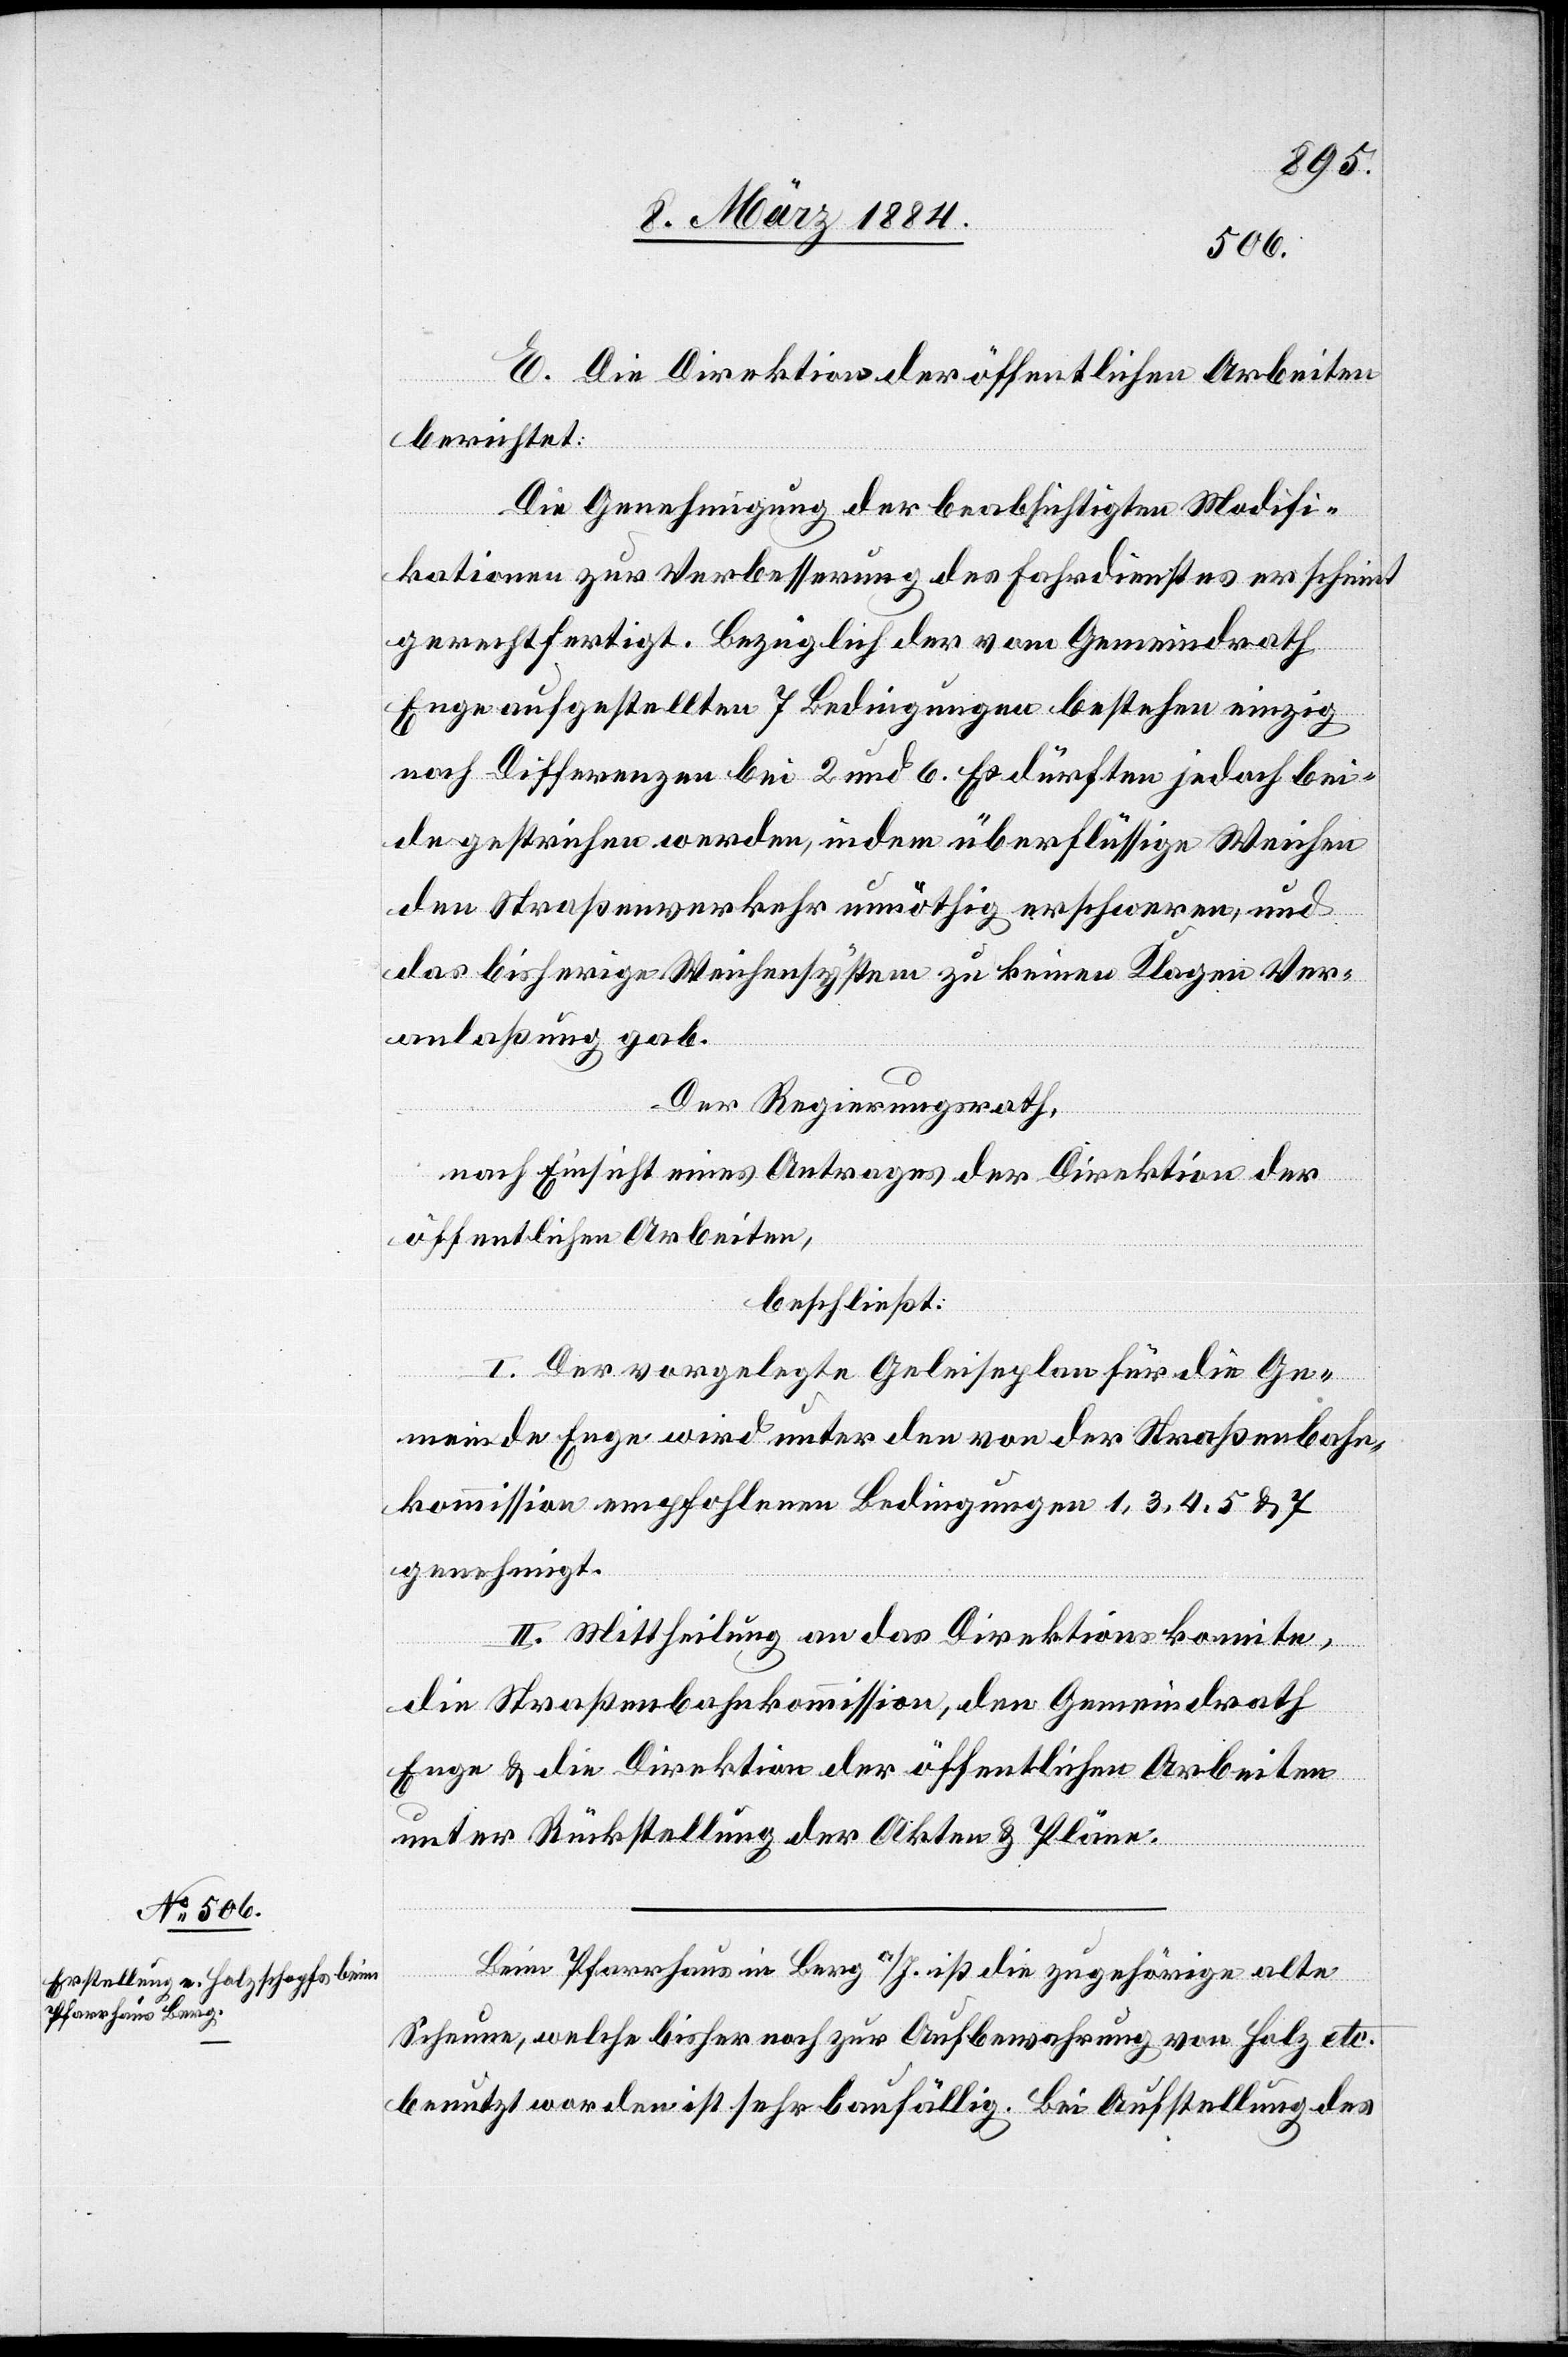
E. Die Direktion der öffentlichen Arbeiten
berichtet:
Die Genehmigung der beabsichtigen Modifi¬
kationen zur Verbesserung des Fahrdienstes erscheint
gerechtfertigt. Bezüglich der vom Gemeindrath
Enge aufgestellten 7 Bedingungen bestehen einzig
noch Differenzen bei 2 und 6. Es dürften jedoch bei¬
de gestrichen werden, indem überflüssige Weichen
den Straßenverkehr unnöthig erschweren, und
das bisherige Weichensystem zu keinen Klagen Ver¬
anlaßung gab.
Der Regierungsrath,
nach Einsicht eines Antrages der Direktion der
öffentlichen Arbeiten,
beschließt:
I. Der vorgelegte Geleiseplan für die Ge¬
meinde Enge wird unter den von der Straßenbahn¬
kommission empfohlenen Bedingungen 1,3,4,5 & 7
genehmigt.
II. Mittheilung an das Direktionskomite,
die Straßenbahnkommission, den Gemeindrath
Enge & die Direktion der öffentlichen Arbeiten
unter Rückstellung der Akten & Pläne.
Beim Pfarrhaus in Berg a/I. ist die zugehörige alte
Scheune, welche bisher noch zur Aufbewahrung von Holz etc.
benutzt worden ist sehr baufällig. Bei Aufstellung des